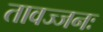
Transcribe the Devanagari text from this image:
तावज्जनः